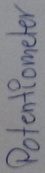
Text: Potentiometer